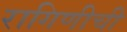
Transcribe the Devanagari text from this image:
रागिणीची